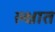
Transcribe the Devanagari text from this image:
ल्क्षात